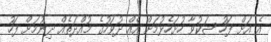
އެ އަށް ފަހު ޝަކުވާ ހުށަހެޅުމަށް އެއް ދުވަހުގެ މުއްދަތެއް ދިނުމަށް ފަހު